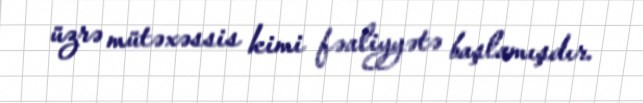
üzrə mütəxəssis kimi fəaliyyətə başlamışdır.